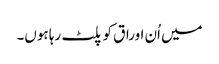
میں اُن اوراق کو پلٹ رہا ہوں۔